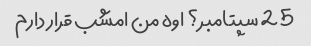
25 سپتامبر؟ اوه من امشب قرار دارم